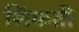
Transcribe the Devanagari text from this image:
शिकती